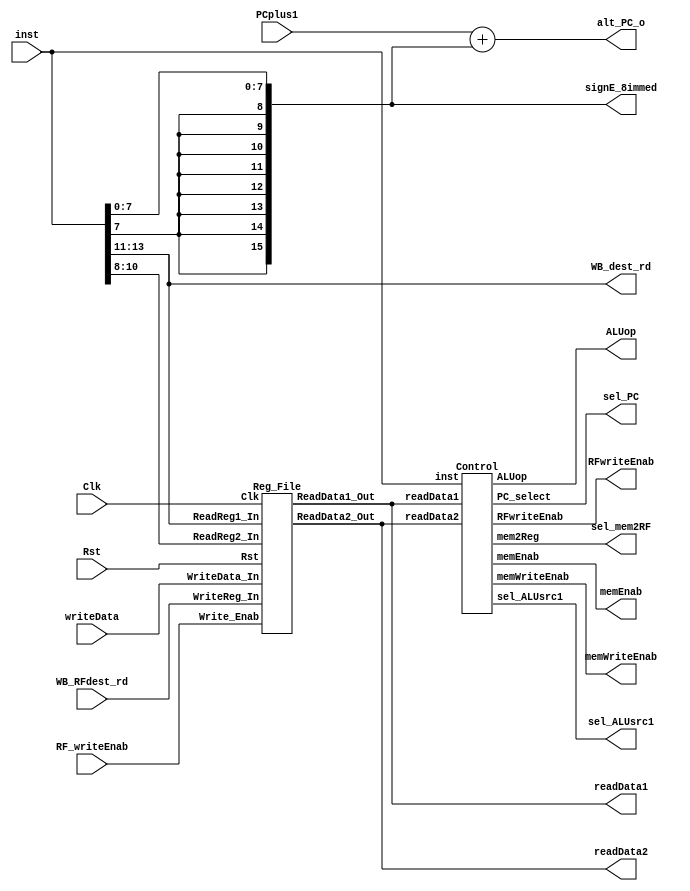
`timescale 1ns / 1ps
//////////////////////////////////////////////////////////////////////////////////
// Company: 			NTU
// 
// Design Name: 
// Module Name:    	IF_stage 
// Project Name: 		uP16_5Stage
// Target Devices: 	Spartan 6
// Tool versions: 
// Description: 
//
// Dependencies: 
//
// Revision: 
// Revision 0.01 - File Created
// Additional Comments: 
//
//////////////////////////////////////////////////////////////////////////////////

//`include "uP16_define.v"

module ID_stage #(parameter ISIZE=18, DSIZE=16) (
    input Clk, Rst,
	 input RF_writeEnab,
	 input [ISIZE-1:0] inst, 
	 input [DSIZE-1:0] PCplus1, writeData, 
	 input [2:0] WB_RFdest_rd,
	 output [DSIZE-1:0] alt_PC_o,
	 //output reg	[`DSIZE-1:0] EX_PCplus1,
	 output [DSIZE-1:0] readData1, readData2, signE_8immed,			
	 output [2:0] WB_dest_rd,
	 output [3:0] ALUop,
 	 output sel_PC, 
	 output memWriteEnab, memEnab, sel_mem2RF,
    output sel_ALUsrc1, 
    //output sel_ALUsrc2, 
	 output RFwriteEnab
    );

	
	wire [2:0] RR1_rd, RR2_rs;
	
	// module instantiations
	// Reg File
	Reg_File EX_1 (
		.Clk(Clk), .Rst(Rst),
		.Write_Enab(RF_writeEnab),
		.ReadReg1_In(RR1_rd),
		.ReadReg2_In(RR2_rs),
		.WriteReg_In(WB_RFdest_rd),
		.ReadData1_Out(readData1),
		.ReadData2_Out(readData2),
		.WriteData_In(writeData)
		);
		
		
	// Control	
	Control EX_3 (
	.inst(inst),
	.readData1(readData1),
	.readData2(readData2),
	.sel_ALUsrc1(sel_ALUsrc1),
	//.sel_ALUsrc2(sel_ALUsrc2),
	.PC_select(sel_PC),
	.memWriteEnab(memWriteEnab), 
	.memEnab(memEnab), 
	.mem2Reg(sel_mem2RF), 
	.RFwriteEnab(RFwriteEnab),
	.ALUop(ALUop)
	);


	// Split up Instruction into required wires (note OPCode and Funct are in Control module
	assign signE_8immed = {{8{inst[7]}}, inst[7:0]};		// 16 bit sign extended 8 bit immediate value
	// the register signals
	assign RR1_rd = inst[13:11];		// 3 bit Reg file source_1 (address1)
	assign RR2_rs = inst[10:8];		// 3 bit Reg file source_2 (address2)
	assign WB_dest_rd = inst[13:11];	// 3 bit Reg file destination (forward to WB stage)
	// Mux to select PC for Branch 
	assign alt_PC_o = PCplus1 + signE_8immed;		// Next PC for branches

endmodule			// End of ID_stage module 



// The 8 entry Register File. Note R0 is always 0.
//reg file is continious read and clocked write.
module Reg_File #(parameter ISIZE=18, DSIZE=16) (
	input Clk, Rst,
	input Write_Enab,
	input [2:0] ReadReg1_In, ReadReg2_In, WriteReg_In, 
	input [DSIZE-1:0] WriteData_In,
	output [DSIZE-1:0] ReadData1_Out, ReadData2_Out
	);

	// register array definition (Only 8 registers)
	reg [DSIZE-1:0] RegFile[0:7];
	
	always @ (posedge Clk)  // Only a write is Clocked
		if(Rst)
			begin
				RegFile[0] <= 0;
				RegFile[1] <= 0;
				RegFile[2] <= 0;
				RegFile[3] <= 0;
				RegFile[4] <= 0;
				RegFile[5] <= 0;
				RegFile[6] <= 0;
				RegFile[7] <= 0;
				end
			else 
				RegFile[WriteReg_In] <= ((Write_Enab == 1) && (WriteReg_In != 0)) ? WriteData_In : RegFile[WriteReg_In];
				
	assign ReadData1_Out = RegFile[ReadReg1_In];	
	assign ReadData2_Out = RegFile[ReadReg2_In];

endmodule // End of RegFile module




module Control #(parameter ISIZE=18, DSIZE=16) (
	input [ISIZE-1:0] inst,
	input [DSIZE-1:0] readData1, readData2,
	output reg sel_ALUsrc1,   
	//output reg sel_ALUsrc2,   
	//output reg Sel_PC_Br_Jmp, Sel_PC_BJ_RF, Sel_RF_dest, Sel_ALU_PC1,
	output reg PC_select,  
	output reg memWriteEnab, memEnab, mem2Reg,
	output reg RFwriteEnab,
	output reg [3:0] ALUop
	);
	
	// define op codes
	parameter OP0=0, LW=1, SW=2, LLI=3, LUI=4, ADDI=5, BEQ=8, BNE=9, BLT=10, BGT=11;
	
	always @ *
		begin
			ALUop = 4'b0000;			// initialise default values //(NOP)
			PC_select = 1'b0;			// S1: def = 0	// def is PC=PC+1
			sel_ALUsrc1 = 1'b0;		// S2: def = 0	// (RF_Data 1)	
			//sel_ALUsrc2 = 1'b0;		// S3: def = 0	// (RF_Data 2)
			mem2Reg = 1'b0;			// S4: def = 0	// default is ALU result writeback
			RFwriteEnab = 1'b1;		// def = 1 		// default is RF write
			memWriteEnab = 1'b0;		// def = 0		// default is No memory write
			memEnab = 1'b0;			// def = 0		// default is memory disabled
			
			case(inst[17:14])		// The OPCode
				OP0	:	begin 
									ALUop = inst[3:0];	// ALUOp is bottom 4 bits of Function field
									end
				LW		:	begin	
									ALUop = 4'b0001;			// ALU does an ADD (Rs+immed)
									sel_ALUsrc1 = 1'b1;		// S2: Immed on data1
									mem2Reg = 1'b1;			// S4:
									memEnab = 1'b1;
									end
				SW		:	begin	
									ALUop = 4'b0001;			// ALU does an ADD (Rs+immed)
									sel_ALUsrc1 = 1'b1;		// S2: Immed on data1
									memWriteEnab = 1'b1;
									memEnab = 1'b1;
									RFwriteEnab = 1'b0;		// no Rf writeback		
									end
				LLI	:	begin	
									ALUop = 4'b1011;			// ALU does flow through on Rd (similar to mov (0x0A))
									sel_ALUsrc1 = 1'b1;		// S2:									
									//ALUop = 4'b1010;			// ALU does flow through on Rs (same as mov (0x0A))
									//sel_ALUsrc2 = 1'b1;		// S3:									
									end
				LUI	:	begin	
									ALUop = 4'b1100;			// ALU does something strange. Look at ALU code)
									sel_ALUsrc1 = 1'b1;		// S3:									
									//ALUop = 4'b1011;			// ALU does something strange. Look at ALU code)
									//sel_ALUsrc2 = 1'b1;		// S3:									
									end
				ADDI		:	begin	
									ALUop = 4'b0001;			// ALU does an ADD (Rd <- Rs+immed) 			// check this????
									sel_ALUsrc1 = 1'b1;		// S2: Immed on data1									
									end
				BEQ		:	begin	
									PC_select = (readData1 == readData2) ? 1'b1 : 1'b0;	// S1: 
									RFwriteEnab = 1'b0;		// Branch does not write back
									end
				BNE		:	begin	
									PC_select = (readData1 != readData2) ? 1'b1 : 1'b0;	// S1: 
									RFwriteEnab = 1'b0;	// Branch does not write back	
									end
				BLT		:	begin	
									PC_select = (readData1 < readData2) ? 1'b1 : 1'b0; // S1: 
									RFwriteEnab = 1'b0;	// Branch does not write back
									end
				BGT		:	begin	
									PC_select = (readData1 > readData2) ? 1'b1 : 1'b0;	// S1: 
									RFwriteEnab = 1'b0;	// Branch does not write back
									end
				default	:	begin 
									ALUop = 4'b0000;			// Not needed, Covered above
									RFwriteEnab = 1'b0;		// All Reserved must not write back
									end
			endcase
		end
	

endmodule		// End of Control module